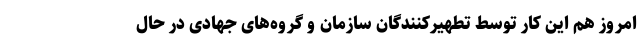
امروز هم این کار توسط تطهیرکنندگان سازمان و گروه‌های جهادی در حال